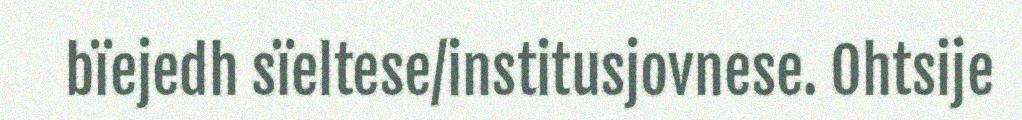
bïejedh sïeltese/institusjovnese. Ohtsije